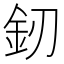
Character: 釰